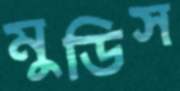
মুডিস